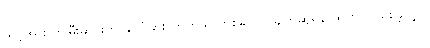
သင့်အား ဤမီးဆိုင်းကို နိုင်ငံခြား ဟိုတယ် တစ်ခုတွင် ချိတ်ဆွဲရန် ထုတ်လုပ်စေခဲ့လျှင်